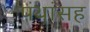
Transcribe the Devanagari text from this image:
पंथांसह